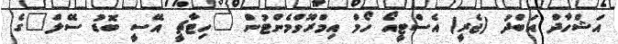
އަޝްހާދް އަބްދު (ޖެރީ) އެސްޓީއޯ ހޯމް އިމްރޫވްމެންޓުން "ހިޓާޗީ އޭސީ ބޮޑު ސޭލް"ގެ